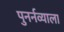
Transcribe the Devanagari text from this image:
पुनर्नव्याला